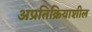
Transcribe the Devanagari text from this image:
अप्रतिक्रियाशील